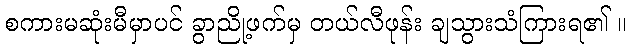
စကားမဆုံးမီမှာပင် ခွာညို့ဖက်မှ တယ်လီဖုန်း ချသွားသံကြားရ၏ ။